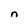
Character: n